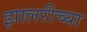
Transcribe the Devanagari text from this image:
झालरीच्या